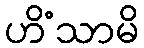
ဟိံသာမိ